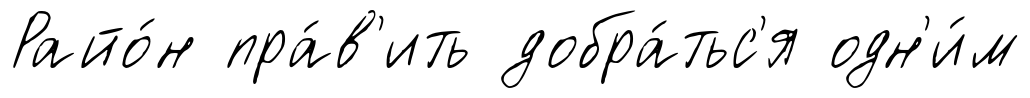
Райо́н пра́в'ить добра́тьс'я одн'и́м